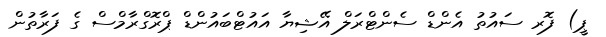
ޕީ) ފޮރ ސައުތު އެންޑް ސެންޓްރަލް އޭޝިޔާ އައުޓްބައުންޑް ޕްރޮގްރާމްސް ގެ ފަރާތުން